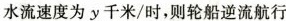
水流速度为y千米/时，则轮船逆流航行